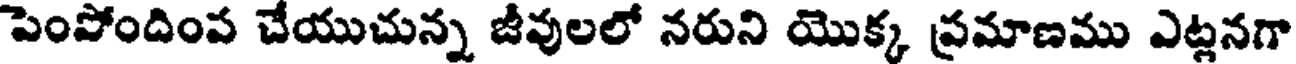
పెంపోందింప చేయుచున్న జీవులలో నరుని యొక్క ప్రమాణము ఎట్లనగా